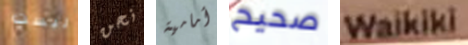
ليست نحن أمامية صحيح Waikiki